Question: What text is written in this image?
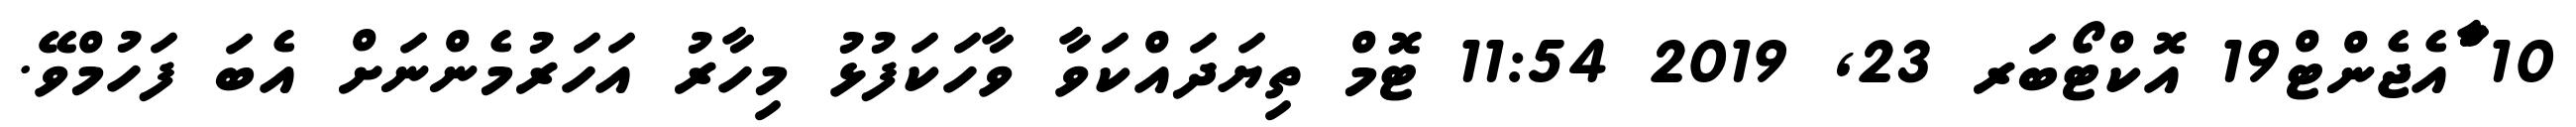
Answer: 10 ާަަަްްައެޖެންޓް19 އޮކްޓޯބަރ 23, 2019 11:54 ޓޮމް ތިޔަދައްކަވާ ވާހަކަފުޅު މިހާރު އަހަރުމެންނަށް އެބަ ފަހުމްވޭ.